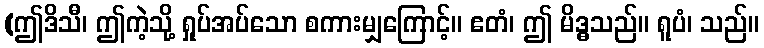
(ဤဒိသီ၊ ဤကဲ့သို့ ရှုပ်အပ်သော စကားမျှကြောင့်။ ဧတံ၊ ဤ မိဒ္ဓသည်။ ရူပံ၊ သည်။